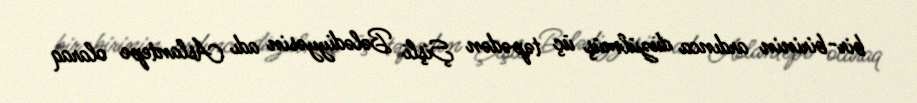
bir-birinin ardınca düzülmüş üç təpədən Şişli Bələdiyyəsin adı Aslantepe olaraq